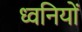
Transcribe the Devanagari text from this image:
ध्‍वनियों